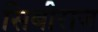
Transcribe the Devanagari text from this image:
सिबीराज